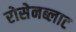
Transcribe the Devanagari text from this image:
रोसेनब्लाट